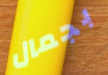
بجمال